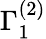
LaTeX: \Gamma_{1}^{(2)}